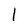
Character: 1